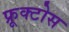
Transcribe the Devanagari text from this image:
फ्रूक्टोस